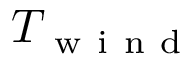
T _ { \mathrm { ~ w ~ i ~ n ~ d ~ } }